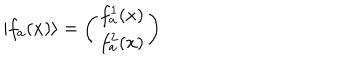
\vert f _ { a } ( x ) \rangle = \left( \begin{array} { c } { { f _ { a } ^ { 1 } ( x ) } } \\ { { f _ { a } ^ { 2 } ( x ) } } \\ \end{array} \right)